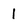
Character: i